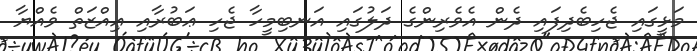
މަޅީގައި ޖެހިބެދިފައި ދެން އެވެރިންގެ ދަލުގައި އަނބިމީހާ ޖެހި ޢަބުރާއި ޢިއްޒަތް ވެއްޔާ